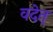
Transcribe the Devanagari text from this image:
वदेत्